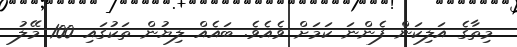
މިތާގެ އަލިކަން ފެންނަ ކަމަށް ވެއެވެ. ބައެއް ލިޔުން ތަކުގައި 100 މޭލު